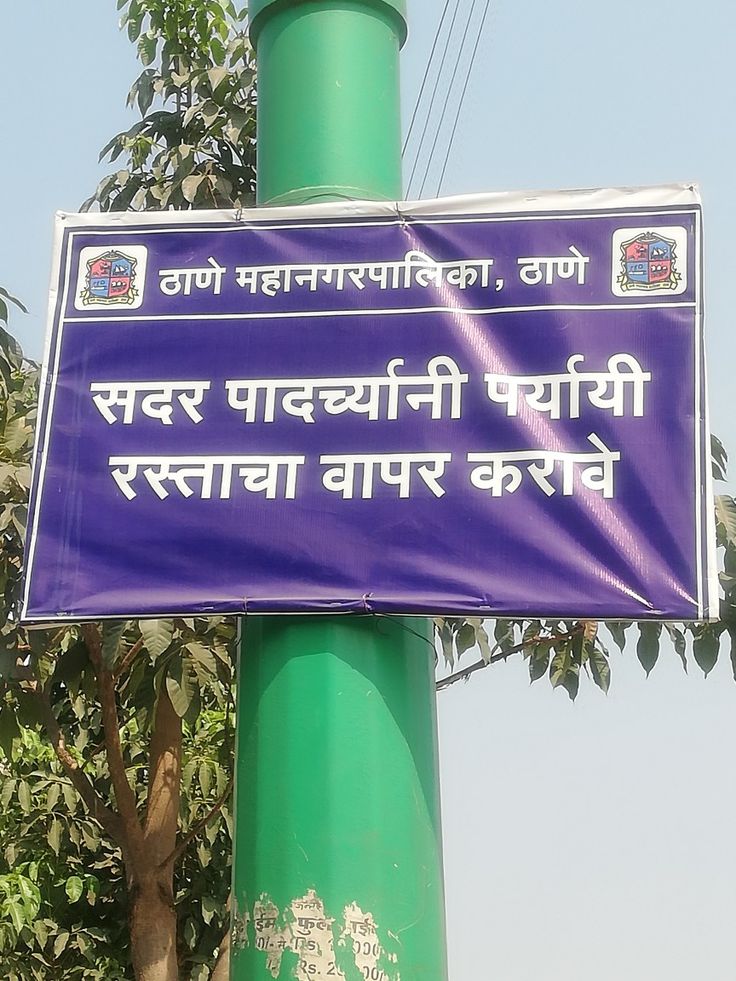
Language: marathi
Transcription: ठाणे ठाणे पादर्च्यानी वापर पर्यायी सदर करावे रस्ताचा